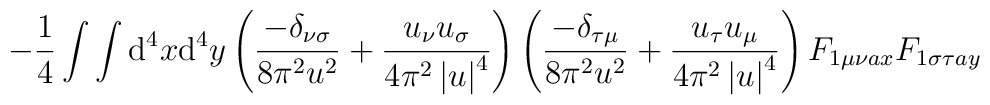
-\frac{1}{4}\int\int\mathrm{d}^4x\mathrm{d}^4y\left(\frac{-\delta_{\nu	\sigma}}{8\pi^2u^2}+\frac{u_\nu u_\sigma}{4\pi^2\left|u\right|^4}\right)	\left(\frac{-\delta_{\tau\mu}}{8\pi^2u^2}+\frac{u_\tau u_\mu}{4\pi^2	\left|u\right|^4}\right)F_{1\mu\nu ax}F_{1\sigma\tau ay}